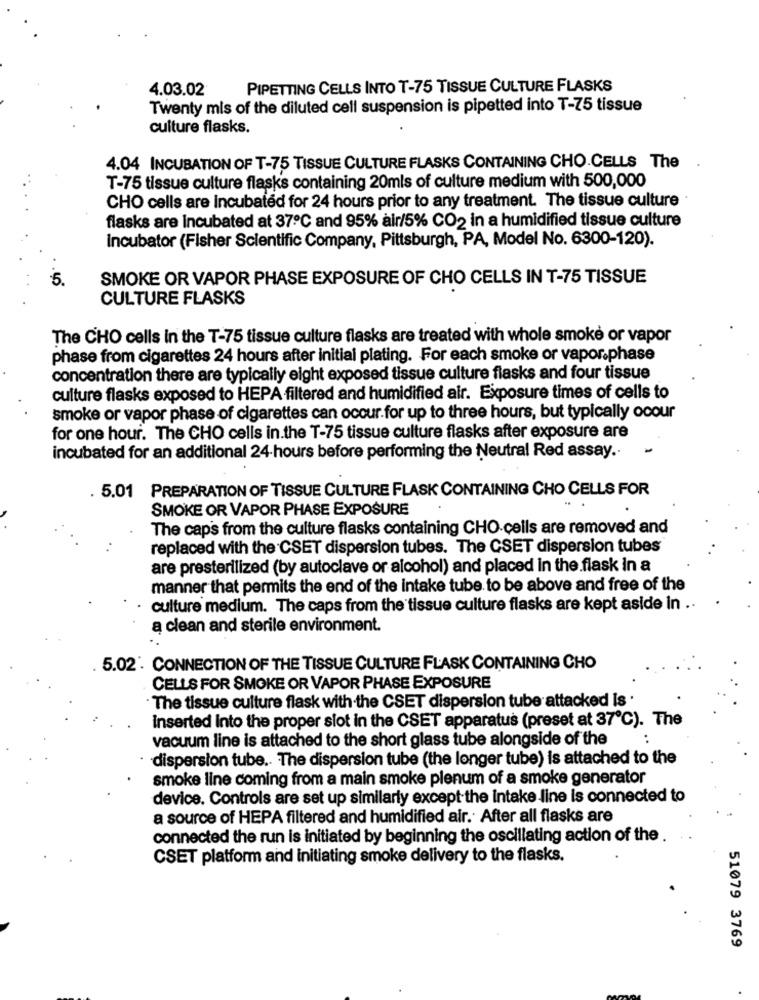
4.03.02
PIPETTING CELLS INTO T-75 TISSUE CULTURE FLASKS
Twenty mis of the diluted cell suspension is pipetted into T-75 tissue
culture flasks.
4.04 INCUBATION OF T-75 TISSUE CULTURE FLASKS CONTAINING CHO.CELLS The
T-75 tissue culture flasks containing 20mls of culture medium with 500,000
CHO cells are Incubated for 24 hours prior to any treatment. The tissue culture
flasks are incubated at 37℃ and 95% air/5% CO2 in a humidified tissue culture
incubator (Fisher Scientific Company, Pittsburgh, PA, Model No. 6300-120).
SMOKE OR VAPOR PHASE EXPOSURE OF CHO CELLS IN T-75 TISSUE
CULTURE FLASKS
The CHO cells in the T-75 tissue culture flasks are treated with whole smoke or vapor
phase from cigarettes 24 hours after initial plating. For each smoke or vapor.phase
concentration there are typically eight exposed tissue culture flasks and four tissue
culture flasks exposed to HEPA filtered and humidified air. Exposure times of cells to
smoke or vapor phase of cigarettes can occur.for up to three hours, but typically ocour
for one hour. The CHO cells in.the T-75 tissue culture flasks after exposure are
incubated for an additional 24-hours before performing the Neutral Red assay ..
. 5.01 PREPARATION OF TISSUE CULTURE FLASK CONTAINING CHO CELLS FOR
SMOKE OR VAPOR PHASE EXPOSURE
The caps from the culture flasks containing CHO cells are removed and
replaced with the CSET dispersion tubes. The CSET dispersion tubes
are presterilized (by autoclave or alcohol) and placed in the flask in a
manner that permits the end of the intake tube to be above and free of the
culture medium. The caps from the tissue culture flasks are kept aside in ..
a clean and sterile environment.
5.02'. CONNECTION OF THE TISSUE CULTURE FLASK CONTAINING CHO
CELLS FOR SMOKE OR VAPOR PHASE EXPOSURE
The tissue culture flask with the CSET dispersion tube attacked is .
inserted into the proper slot in the CSET apparatus (preset at 37℃). The
vacuum line is attached to the short glass tube alongside of the
dispersion tube. The dispersion tube (the longer tube) is attached to the
smoke line coming from a main smoke plenum of a smoke generator
device. Controls are set up similarly except the intake line is connected to
a source of HEPA filtered and humidified air. After all flasks are
connected the run is initiated by beginning the oscillating action of the .
CSET platform and initiating smoke delivery to the flasks.
51079 3769